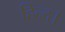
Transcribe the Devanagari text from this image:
हिन्द।